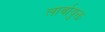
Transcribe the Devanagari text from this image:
लार्वायुक्त